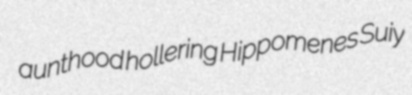
aunthood hollering Hippomenes Suiy